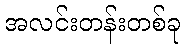
အလင်းတန်းတစ်ခု